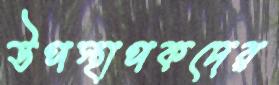
উপস্থাপকদের